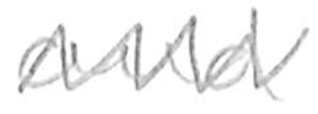
Text: and
Cross-out: zig-zag
Writing tool: pencil